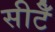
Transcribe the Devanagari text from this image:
सीटेँ